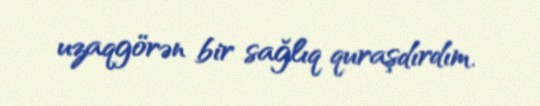
uzaqgörən bir sağlıq quraşdırdım.